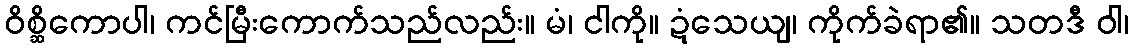
ဝိစ္ဆိကောပါ၊ ကင်မြီးကောက်သည်လည်း။ မံ၊ ငါကို။ ဍံသေယျ၊ ကိုက်ခဲရာ၏။ သတဒီ ဝါ၊